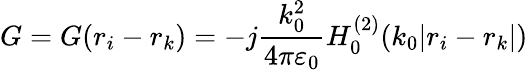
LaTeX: {G}={G}({r}_{i}-{r}_{k})=-j\frac{k_{0}^{2}}{4\pi\varepsilon_{0}}H_{0}^{(2)}(k_{0}|{r}_{i}-{r}_{k}|)